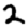
Digit: 2